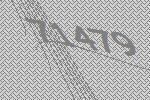
71479